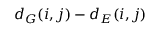
d _ { G } ( i , j ) - d _ { E } ( i , j )